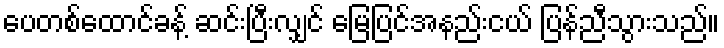
ပေတစ်ထောင်ခန့် ဆင်းပြီးလျှင် မြေပြင်အနည်းငယ် ပြန်ညီသွားသည်။